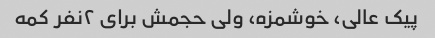
پیک عالی، خوشمزه، ولی حجمش برای ۲نفر کمه